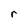
Character: r